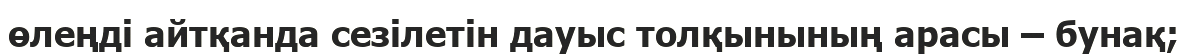
өлеңді айтқанда сезілетін дауыс толқынының арасы – бунақ;